Annual report of the Punjab Veterinary College and of the Civil Veterinary Department, Punjab - 1926-1932
Year: 1926
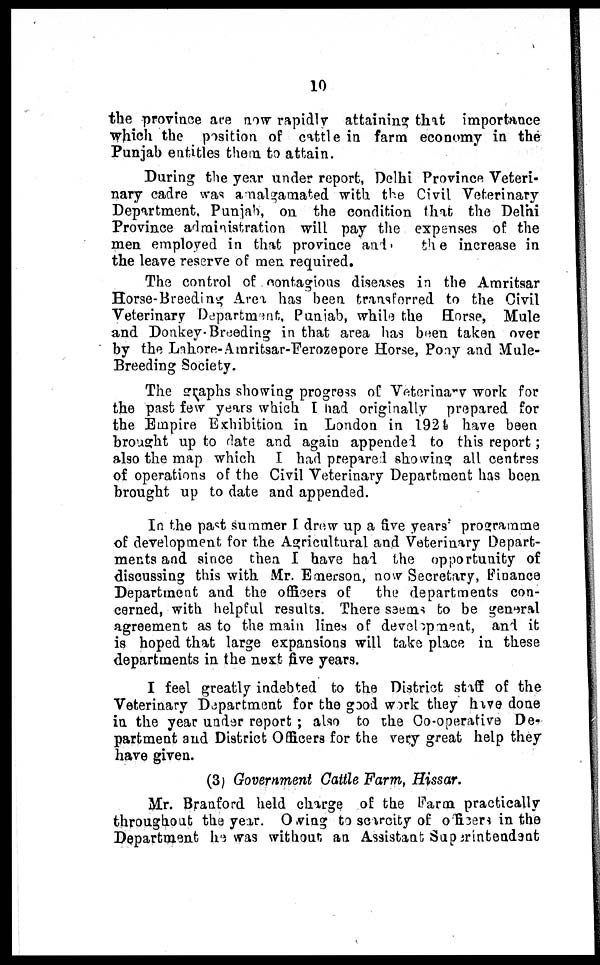
10
the province are now rapidly attaining that importance
which the position of cattle in farm economy in the
Punjab entitles them to attain.
During the year under report. Delhi Province Veteri-
nary cadre was amalgamated with the Civil Veterinary
Department, Punjab, on the condition that the Delhi
Province administration will pay the expenses of the
men employed in that province and
the increase in
the leave reserve of men required.
The control of contagious diseases in the Amritsar
Horse-Breeding Area has been transferred to the Civil
Veterinary Department, Punjab, while the Horse, Mule
and Donkey-Breeding in that area has been taken over
by the Lahore-Amritsar-Ferozepore Horse, Pony and Mule-
Breeding Society.
The graphs showing progress of Veterinary work for
the past few years which I had originally prepared for
the Empire Exhibition in London in 1924 have been
brought up to date and again appended to this report;
also the map which I had prepared showing all centres
of operations of the Civil Veterinary Department has been
brought up to date and appended.
In the past summer I drew up a five years' programme
of development for the Agricultural and Veterinary Depart-
ments and since then I have had the opportunity of
discussing this with Mr. Emerson, now Secretary, Finance
Department and the officers of
the departments con-
cerned, with helpful results. There seems to be general
agreement as to the main lines of development, and it
is hoped that large expansions will take place in these
departments in the next five years.
I feel greatly indebted to the District staff of the
Veterinary Department for the good work they have done
in the year under report; also to the Co-operative De-
partment and District Officers for the very great help they
have given.
(3) Government Cattle Farm, Hissar.
Mr. Branford held charge of the Farm practically
throughout the year. Owing to scarcity of officers in the
Department he was without an Assistant Superintendent